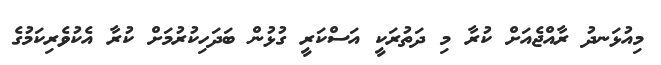
މިއުޅަނދު ރާއްޖެއަށް ކުރާ މި ދަތުރަކީ އަސްކަރީ ގުޅުން ބަދަހިކުރުމަށް ކުރާ އެކުވެރިކަމުގެ